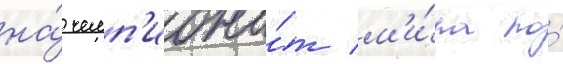
на́ чемп'иона́т м'и́ра по́